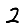
Digit: 2